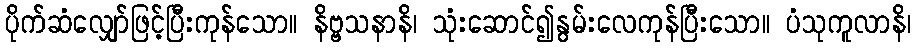
ပိုက်ဆံလျှော်ဖြင့်ပြီးကုန်သော။ နိဗ္ဗသနာနိ၊ သုံးဆောင်၍နွမ်းလေကုန်ပြီးသော။ ပံသုကူလာနိ၊